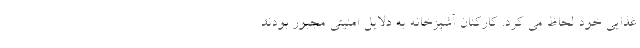
غذایی خود لحاظ می کرد. کارکنان آشپزخانه به دلایل امنیتی مجبور بودند